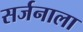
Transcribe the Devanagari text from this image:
सर्जनाला